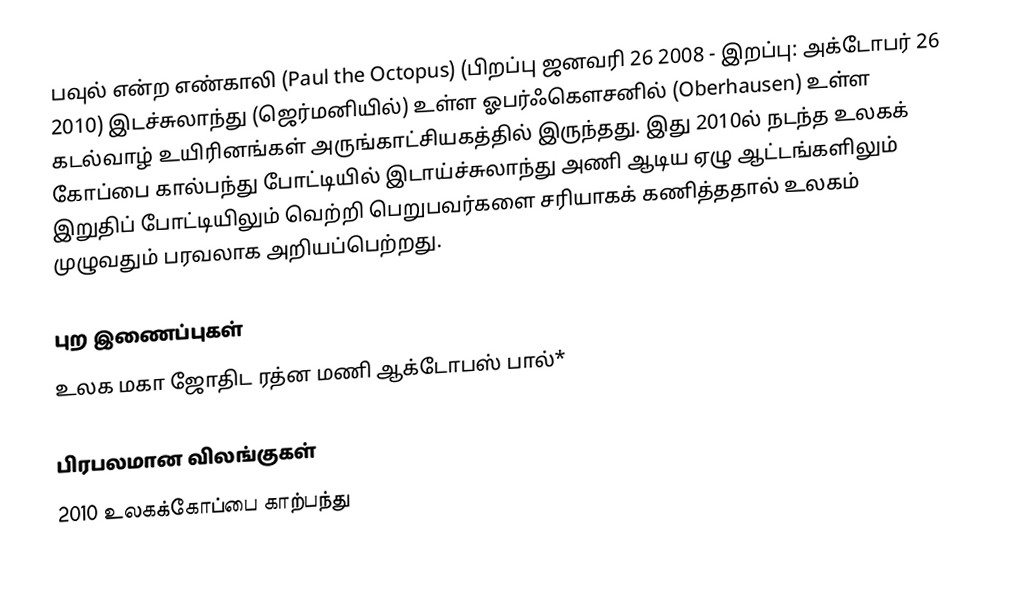
பவுல் என்ற எண்காலி (Paul the Octopus) (பிறப்பு ஜனவரி 26 2008 -  இறப்பு: அக்டோபர் 26 2010) இடச்சுலாந்து (ஜெர்மனியில்) உள்ள ஓபர்ஃகௌசனில் (Oberhausen) உள்ள கடல்வாழ் உயிரினங்கள் அருங்காட்சியகத்தில் இருந்தது. இது 2010ல் நடந்த உலகக் கோப்பை கால்பந்து போட்டியில் இடாய்ச்சுலாந்து அணி ஆடிய ஏழு ஆட்டங்களிலும் இறுதிப் போட்டியிலும் வெற்றி பெறுபவர்களை சரியாகக் கணித்ததால் உலகம் முழுவதும் பரவலாக அறியப்பெற்றது.

புற இணைப்புகள்
 உலக மகா ஜோதிட ரத்ன மணி ஆக்டோபஸ் பால்*

பிரபலமான விலங்குகள்
2010 உலகக்கோப்பை காற்பந்து